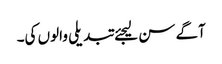
آگے سن لیجئے تبدیلی والوں کی۔